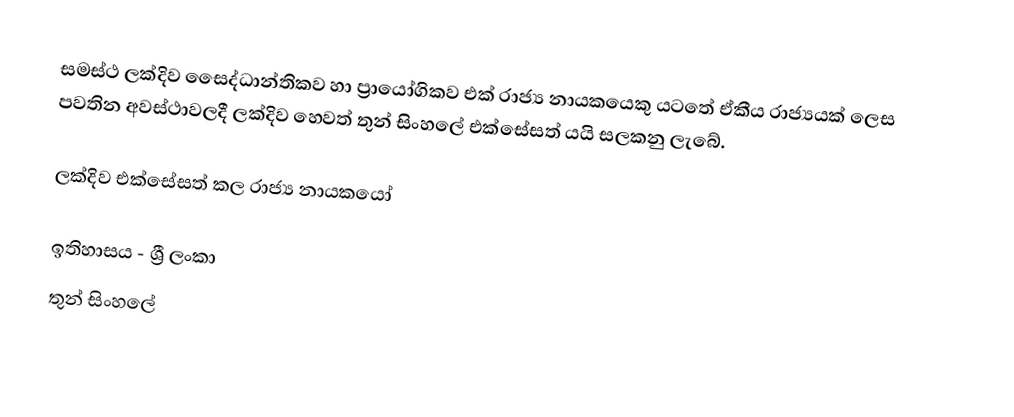
සමස්ථ ලක්දිව සෛද්ධාන්තිකව හා ප්‍රායෝගිකව එක් රාජ්‍ය නායකයෙකු යටතේ ඒකීය රාජ්‍යයක් ලෙස පවතින අවස්ථාවලදී ලක්දිව හෙවත් තුන් සිංහලේ එක්සේසත් යයි සලකනු ලැබේ.

ලක්දිව එක්සේසත් කල රාජ්‍ය නායකයෝ

ඉතිහාසය - ශ්‍රී ලංකා
තුන් සිංහලේ